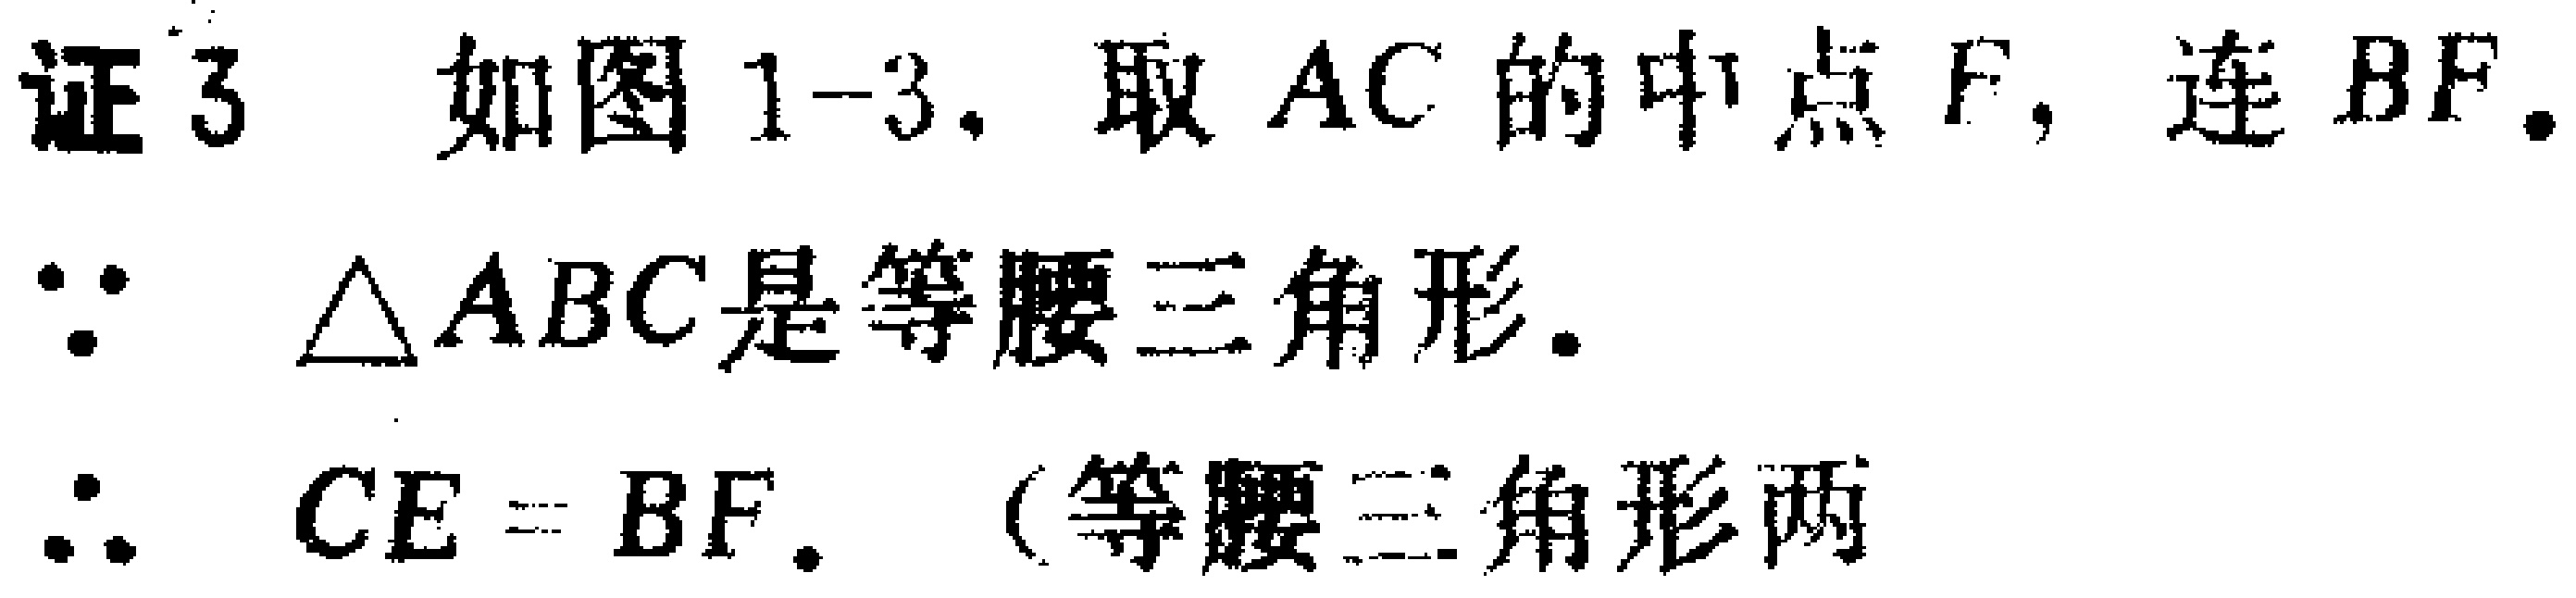
证3 如图1-3，取 \(AC\) 的中点 \(F\)，连 \(BF\)。

\(\because\) \(\triangle ABC\) 是等腰三角形。

\(\therefore\) \(CE = BF\)。（等腰三角形两